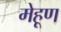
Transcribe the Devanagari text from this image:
मेहूण